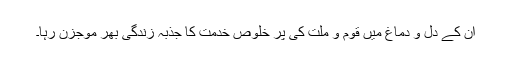
اِن کے دل و دماغ میں قوم و ملت کی پُر خلوص خدمت کا جذبہ زندگی بھر موجزن رہا۔